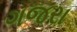
ગજરા